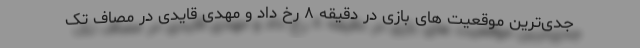
جدی‌ترین موقعیت های بازی در دقیقه ۸ رخ داد و مهدی قایدی در مصاف تک